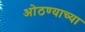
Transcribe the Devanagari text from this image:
ओठण्याच्या